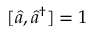
[ \hat { a } , \hat { a } ^ { \dagger } ] = 1